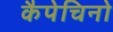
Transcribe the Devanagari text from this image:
कैपेचिनो